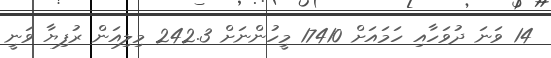
14 ވަނަ ދުވަހާއި ހަމައަށް 17410 މީހުންނަށް 242.3 މިލިއަން ރުފިޔާ ވަނީ